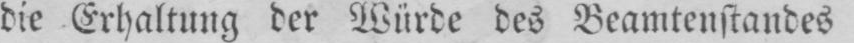
die Erhaltung der Würde des Beamtenstandes